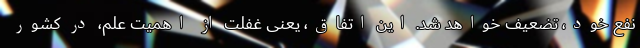
نفع خود، تضعیف خواهد شد. این اتفاق، یعنی غفلت از اهمیت علم، در کشور